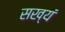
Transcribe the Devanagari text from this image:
सख्यं